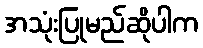
အသုံးပြုမည်ဆိုပါက